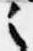
之